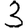
Digit: 3